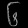
Digit: ၆